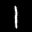
Label: 1